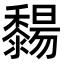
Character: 䵘